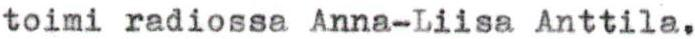
toimi radiossa Anna-Liisa Anttila.